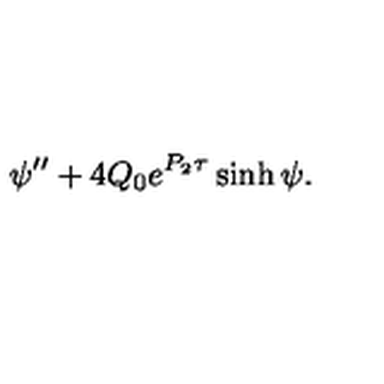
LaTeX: \psi ^ { \prime \prime } + 4 Q _ { 0 } e ^ { P _ { 2 } \tau } \sinh \psi .